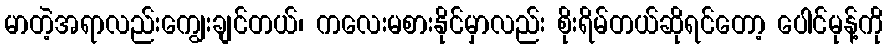
မာတဲ့အရာလည်းကျွေးချင်တယ်၊ ကလေးမစားနိုင်မှာလည်း စိုးရိမ်တယ်ဆိုရင်တော့ ပေါင်မုန့်ကို